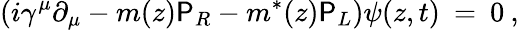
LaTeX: (i\gamma^{\mu}\partial_{\mu}-m(z)\mathsf{P}_{R}-m^{*}(z)\mathsf{P}_{L})\psi(z,t)\: =\: 0\: ,